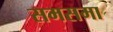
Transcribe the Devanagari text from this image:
समसमा